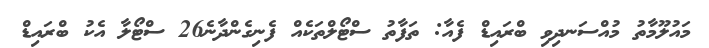
މައުލޫމާތު މުއްސަނދިވި ބްރައިޑް ފެއާ: ތަފާތު ސްޓޯލްތަކެއް ފެނިގެންދާނެ26 ސްޓޯލާ އެކު ބްރައިޑް